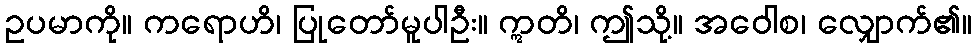
ဥပမာကို။ ကရောဟိ၊ ပြုတော်မူပါဦး။ ဣတိ၊ ဤသို့။ အဝေါစ၊ လျှောက်၏။